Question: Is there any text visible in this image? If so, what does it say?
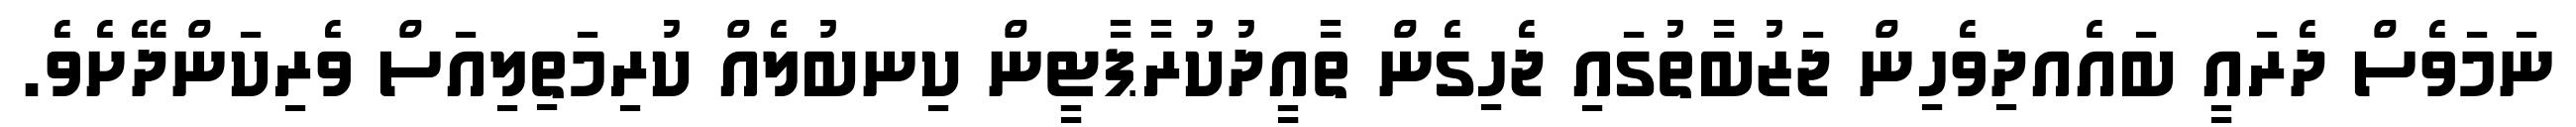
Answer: ނަމަވެސް ދެރައީ ބައެއދިވެހިން ޖަޒުބާތުގައި ޖެހިގެން ތާއީދުކުރާޕާޓީން ކިނބުލެއް ކުރިމަތިލިއަސް ވެރިކަންދޭށެވެ.